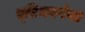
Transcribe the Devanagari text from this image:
ए्डिनबर्गचा